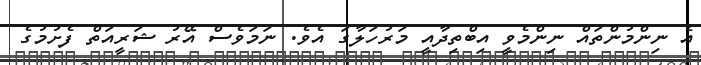
އެ ނިންމުންތައް ނިންމެވީ އިބްތިދާއީ މަރުހަލާގަ އެވެ. ނަމަވެސް އޭރު ޝަރީއަތް ފެށުމުގެ